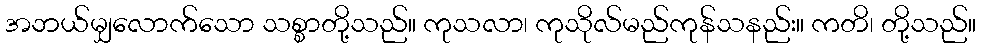
အဘယ်မျှလောက်သော သစ္စာတို့သည်။ ကုသလာ၊ ကုသိုလ်မည်ကုန်သနည်း။ ကတိ၊ တို့သည်။